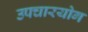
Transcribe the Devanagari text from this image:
उपचारयोग